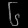
Digit: ၆